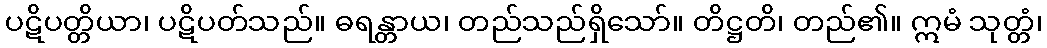
ပဋိပတ္တိယာ၊ ပဋိပတ်သည်။ ဓရန္တာယ၊ တည်သည်ရှိသော်။ တိဋ္ဌတိ၊ တည်၏။ ဣမံ သုတ္တံ၊